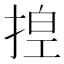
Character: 𪮆